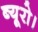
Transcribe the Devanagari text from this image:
ब्यूरो।